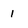
Character: 1